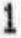
1